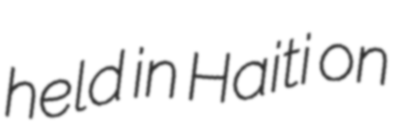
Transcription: held in Haiti on